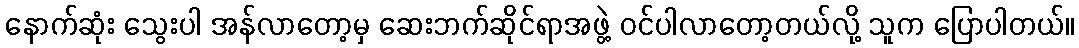
နောက်ဆုံး သွေးပါ အန်လာတော့မှ ဆေးဘက်ဆိုင်ရာအဖွဲ့ ဝင်ပါလာတော့တယ်လို့ သူက ပြောပါတယ်။